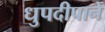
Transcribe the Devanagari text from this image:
धुपदीपाने